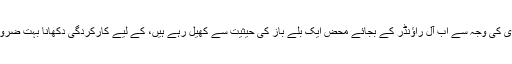
یہ بھی پڑھیں: سال 2013ء کی بہترین تصاویرمحمد حفیظ، جو اپنی باؤلنگ پر پابندی کی وجہ سے اب آل راؤنڈر کے بجائے محض ایک بلے باز کی حیثیت سے کھیل رہے ہیں، کے لیے کارکردگی دکھانا بہت ضروری تھا اور آج 89 گیندوں پر 86 رنز کی باری نے ان کی اہلیت ثابت بھی کی ہے۔